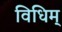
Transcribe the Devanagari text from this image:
विधिम्